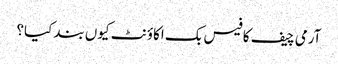
آرمی چیف کا فیس بک اکاؤنٹ کیوں بند کیا؟